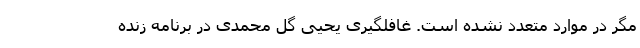
مگر در موارد متعدد نشده است. غافلگیری یحیی گل محمدی در برنامه زنده